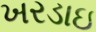
ખરડાઇ